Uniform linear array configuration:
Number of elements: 24
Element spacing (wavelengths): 0.75
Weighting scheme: hann
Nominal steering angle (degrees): -45
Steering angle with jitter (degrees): -45.107
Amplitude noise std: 0.05
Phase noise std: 0.05

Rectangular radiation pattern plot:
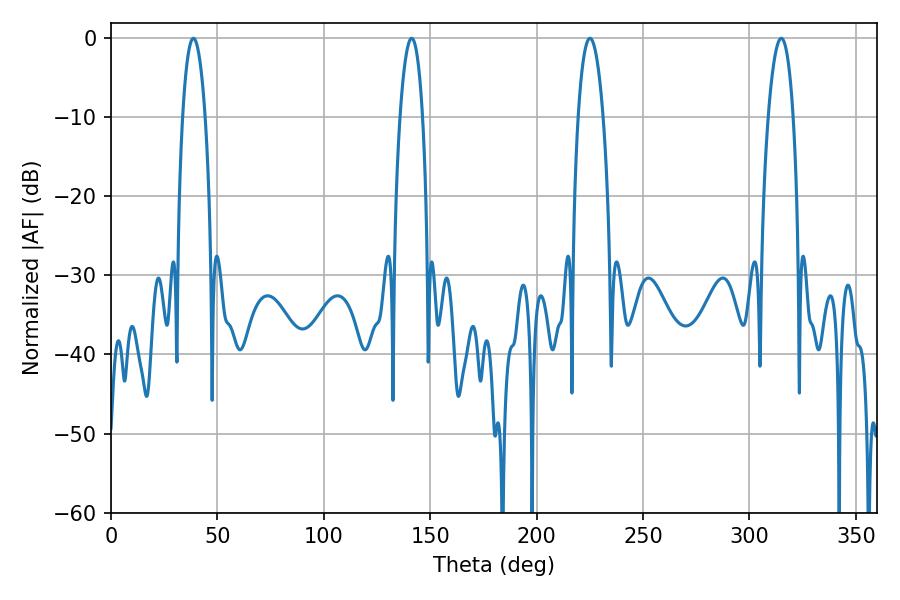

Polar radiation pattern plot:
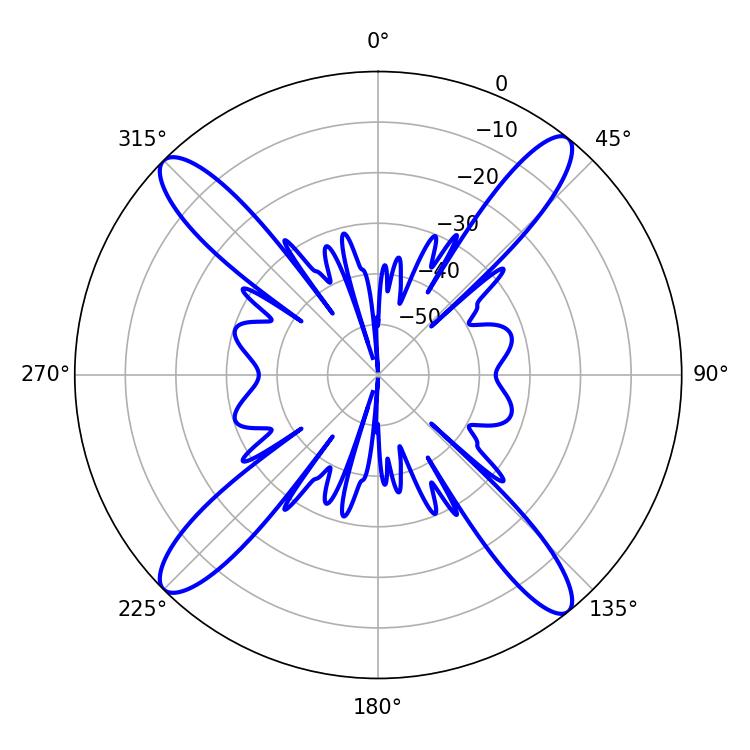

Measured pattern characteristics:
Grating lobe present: TRUE
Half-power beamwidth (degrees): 5.94
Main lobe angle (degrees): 38.7